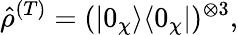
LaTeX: {\hat{\rho}}^{(T)}=(|0_{\chi}\rangle\langle 0_{\chi}|)^{\otimes 3},